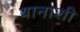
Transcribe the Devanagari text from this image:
यानाशी